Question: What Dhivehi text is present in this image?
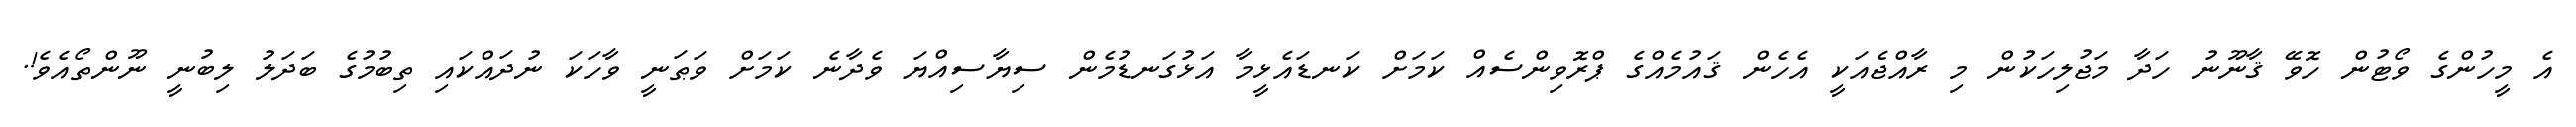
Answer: އެ މީހުންގެ ވޯޓުން ހޮވޭ ޤާނޫނު ހަދާ މަޖުލިހަކުން މި ރާއްޖެއަކީ އެހެން ޤައުމެއްގެ ޕްރޮވިންސެއް ކަމަށް ކަނޑައެޅީމާ އަޅުގަނޑުމެން ސިޔާސިއްޔަ ވެދާނެ ކަމަށް ވަޠަނީ ވާހަކަ ނުދައްކައި ތިބުމުގެ ބަދަލު ލިބުނީ ނޫންތޯއެވެ!.